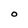
Character: O